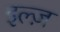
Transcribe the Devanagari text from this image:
इल्ज़